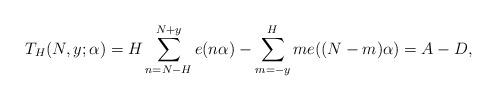
LaTeX: \begin{align*}T_H(N,y;\alpha) = H \sum_{n=N-H}^{N+y} e(n\alpha) - \sum_{m=-y}^{H} m e((N-m)\alpha)=A- D ,\end{align*}